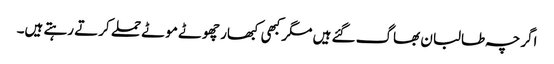
اگرچہ طالبان بھاگ گئے ہیں مگر کبھی کبھار چھوٹے موٹے حملے کرتے رہتے ہیں۔